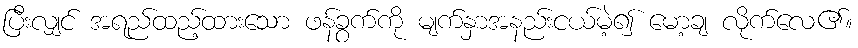
ပြီးလျှင် အရည်ထည့်ထားသော ဖန်ခွက်ကို မျက်နှာအနည်းငယ်မဲ့၍ မော့ချ လိုက်လေ၏။